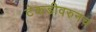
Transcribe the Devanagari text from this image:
टेकडीवरुनच